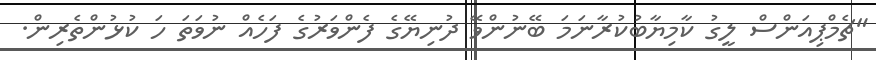
"ޗެމްޕިއަންސް ލީގު ކާމިޔާބުކުރާނަމަ ބޭނުންވޭ ދުނިޔޭގެ ފެންވަރުގެ ފަހެއް ނުވަތަ ހަ ކުޅުންތެރިން.